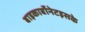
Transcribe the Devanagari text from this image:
बाइकार्बोनेटइसके